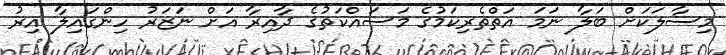
މިސާލަކަށް ބަލާ ނަމަ އަތްތެރިކަމުގެ މަސައްކަތުގެ ދާއިރާ އަށް ނަޒަރު ހިންގައިލާ އިރު